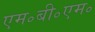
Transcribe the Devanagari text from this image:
एम॰बी॰एम॰